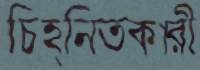
চিহ্নিতকারী